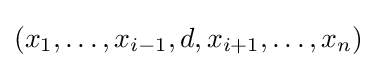
(x_{1},\dots ,x_{i-1},d,x_{i+1},\dots ,x_{n})